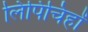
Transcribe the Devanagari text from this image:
लिपिचिहों